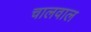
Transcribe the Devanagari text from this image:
चालवाल